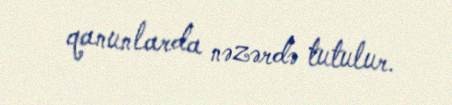
qanunlarda nəzərdə tutulur.